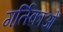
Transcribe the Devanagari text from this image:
गर्तिकाओं